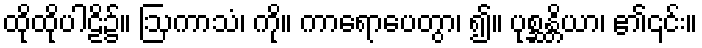
ထိုထိုပါဠိ၌။ ဩကာသံ၊ ကို။ ကာရောပေတွာ၊ ၍။ ပုစ္ဆန္တိယာ၊ ၏၎င်း။